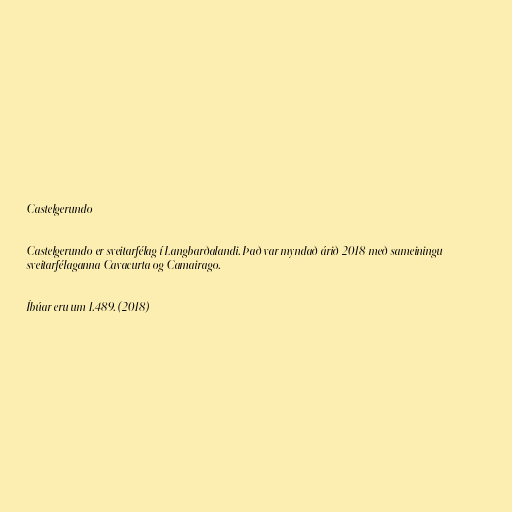
Castelgerundo

Castelgerundo er sveitarfélag í Langbarðalandi. Það var myndað árið 2018 með sameiningu
sveitarfélaganna Cavacurta og Camairago.

Íbúar eru um 1.489. (2018)